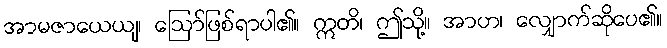
အာမဇာယေယျ၊ ဩော်ဖြစ်ရာပါ၏။ ဣတိ၊ ဤသို့။ အာဟ၊ လျှောက်ဆိုပေ၏။